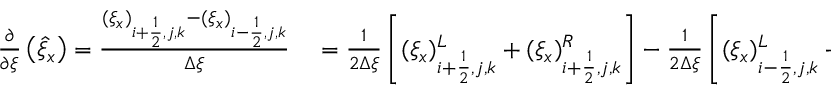
\begin{array} { r l } { \frac { \partial } { \partial \xi } \left( \hat { \xi } _ { x } \right) = \frac { ( \xi _ { x } ) _ { i + \frac { 1 } { 2 } , j , k } - ( \xi _ { x } ) _ { i - \frac { 1 } { 2 } , j , k } } { \Delta \xi } } & { { } = \frac { 1 } { 2 \Delta \xi } \left[ ( \xi _ { x } ) _ { i + \frac { 1 } { 2 } , j , k } ^ { L } + ( \xi _ { x } ) _ { i + \frac { 1 } { 2 } , j , k } ^ { R } \right] - \frac { 1 } { 2 \Delta \xi } \left[ ( \xi _ { x } ) _ { i - \frac { 1 } { 2 } , j , k } ^ { L } + ( \xi _ { x } ) _ { i - \frac { 1 } { 2 } , j , k } ^ { R } \right] } \end{array}